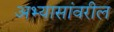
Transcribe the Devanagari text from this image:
अभ्यासांवरील